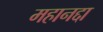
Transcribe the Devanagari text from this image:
महानद्दा